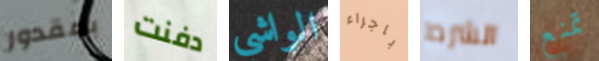
بمقدور دفنت الواشي باجراء الشرط تمنع